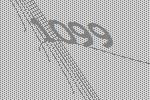
1099